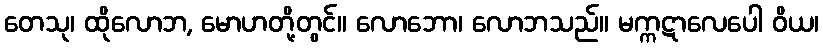
တေသု၊ ထိုလောဘ, မောဟတို့တွင်။ လောဘော၊ လောဘသည်။ မက္ကဋာလေပေါ ဝိယ၊